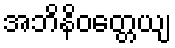
အဘိနိဝတ္တေယျ